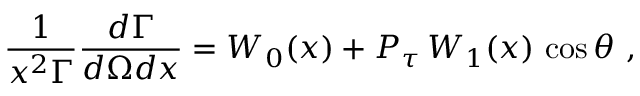
\frac { 1 } { x ^ { 2 } \Gamma } \frac { d \Gamma } { d \Omega d x } = W _ { 0 } ( x ) + P _ { \tau } \, W _ { 1 } ( x ) \, \cos \theta ~ ,